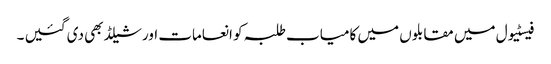
فیسٹیول میں مقابلوں میں کامیاب طلبہ کو انعامات اور شیلڈ بھی دی گئیں ۔